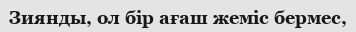
Зиянды, ол бір ағаш жеміс бермес,